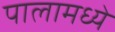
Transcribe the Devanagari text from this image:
पालामध्ये